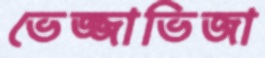
ভেজ্জাভিজা